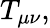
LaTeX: T_{\mu\nu},